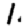
Digit: 1